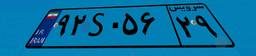
۹۲S۰۵۶۲۹